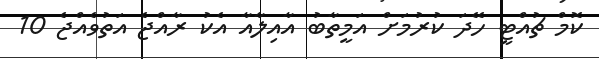
ކޮމް ޗުއްޓީ ހޭދަ ކުރުމަށް އަމީތާބު އާއިލާއާ އެކު ރާއްޖެ އަތުވެއްޖެ 10